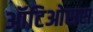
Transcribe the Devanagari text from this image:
ऑटिओसस